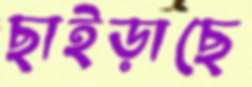
ছাইড়াছে